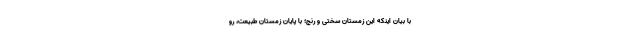
با بیان اینکه این زمستانِ سختی و رنج؛ با پایانِ زمستانِ طبیعت، رو